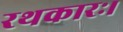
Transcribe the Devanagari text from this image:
रथकारः।